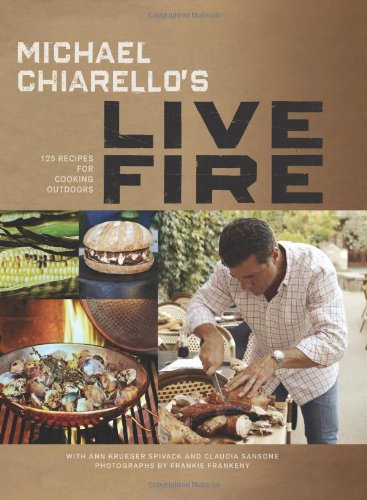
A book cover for Michael Chiarello's Live Fire: 125 Recipes for Cooking Outdoors; Michael Chiarello; Cookbooks, Food & Wine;